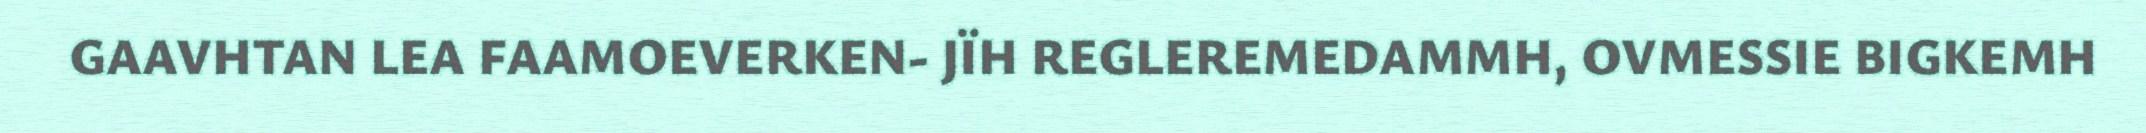
GAAVHTAN LEA FAAMOEVERKEN- JÏH REGLEREMEDAMMH, OVMESSIE BIGKEMH